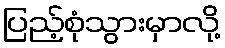
ပြည့်စုံသွားမှာလို့